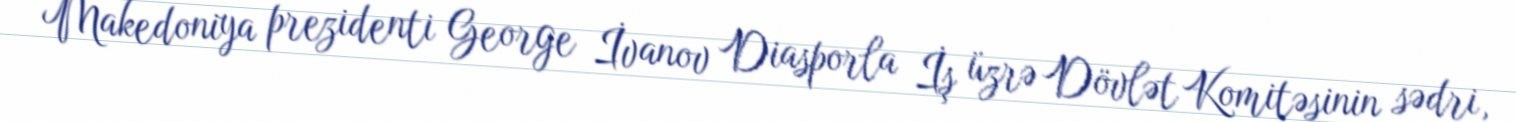
Makedoniya prezidenti George İvanov Diasporla İş üzrə Dövlət Komitəsinin sədri,